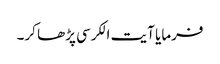
فرمایا آیت الکرسی پڑھا کر۔